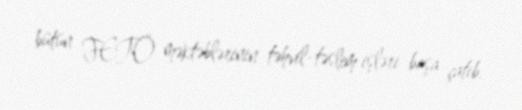
bütün FETÖ məktəblərinin təhvil-təslim işləri başa çatıb.